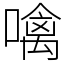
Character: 噙